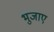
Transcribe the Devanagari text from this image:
भुजाए